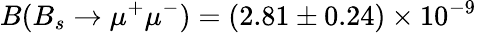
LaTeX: B(B_{s}\to\mu^{+}\mu^{-})=(2.81\pm 0.24)\times 10^{-9}